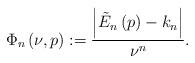
LaTeX: \begin{align*}\Phi _{n}\left( \nu ,p\right) := \dfrac{\left\vert\tilde{{E}}_{n}\left(p\right) -k_{n}\right\vert}{\nu ^{n}}. \end{align*}